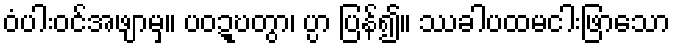
ဝံပါးဝင်အဖျာမှ။ ပဝဍ္ဎတွာ၊ ပ္ပာ ပြန်၍။ ဿခါပထမငါးဖြာသော